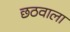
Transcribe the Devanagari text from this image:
छठवाला